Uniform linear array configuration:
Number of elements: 64
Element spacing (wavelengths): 1
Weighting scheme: uniform
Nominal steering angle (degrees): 30
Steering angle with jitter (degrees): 29.153
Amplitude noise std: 0.05
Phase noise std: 0.05

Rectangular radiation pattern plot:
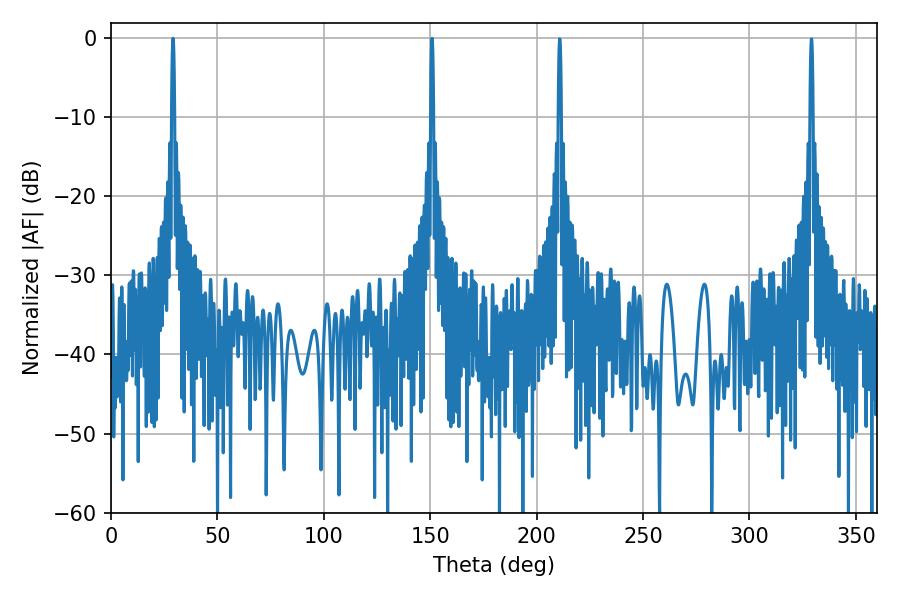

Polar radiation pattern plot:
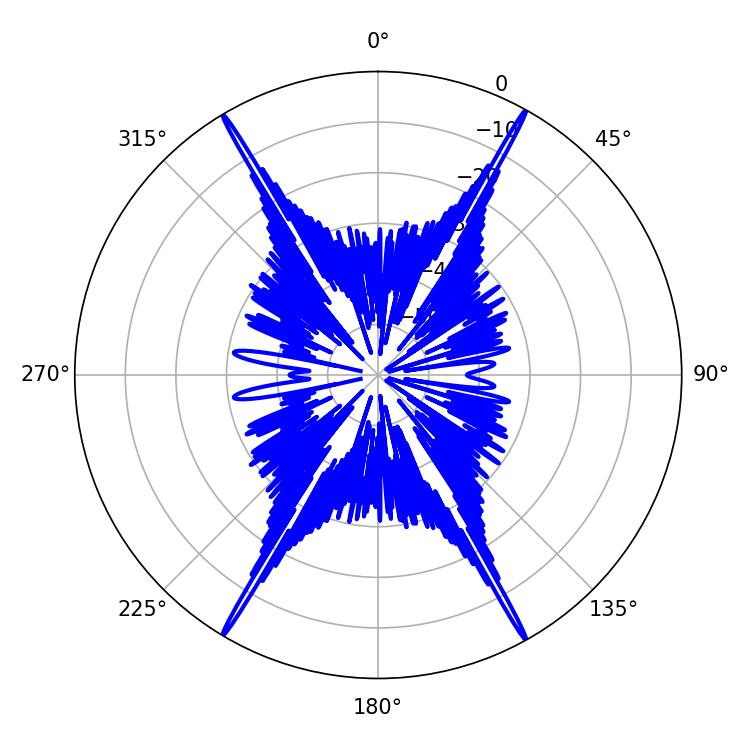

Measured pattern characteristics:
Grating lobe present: TRUE
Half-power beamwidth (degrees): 0.72
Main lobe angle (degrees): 29.16